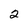
Character: 2